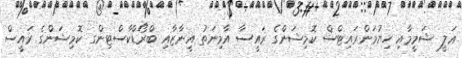
ޢަލީ ޝަމީމާއި ހިޔުމަންރައިޓްސް ކޮމިޝަންގެ ރައީސާ އާމިނަތު އީނާޒާއި ބްރޯޑްކާސްޓިންގ ކޮމިޝަންގެ ރައީސް